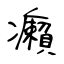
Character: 癩